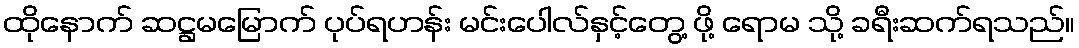
ထိုနောက် ဆဋ္ဌမမြောက် ပုပ်ရဟန်း မင်းပေါလ်နှင့်တွေ့ ဖို့ ရောမ သို့ ခရီးဆက်ရသည်။